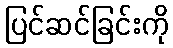
ပြင်ဆင်ခြင်းကို